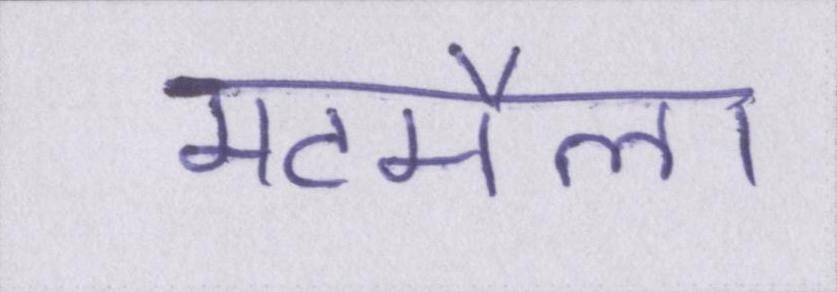
मटमैला